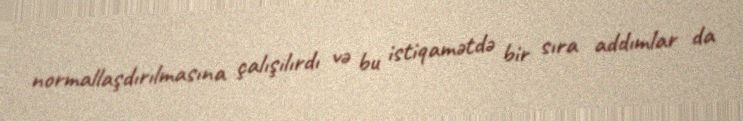
normallaşdırılmasına çalışılırdı və bu istiqamətdə bir sıra addımlar da